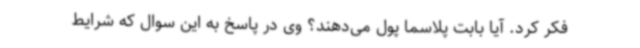
فکر کرد. آیا بابت پلاسما پول می‌دهند؟ وی در پاسخ به این سوال که شرایط